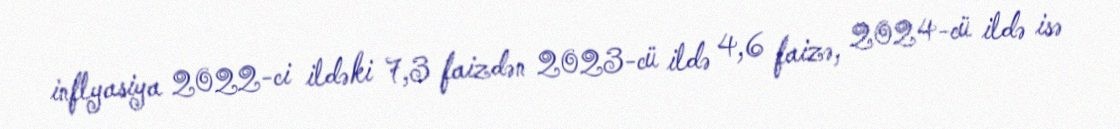
inflyasiya 2022-ci ildəki 7,3 faizdən 2023-cü ildə 4,6 faizə, 2024-cü ildə isə